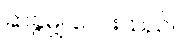
ဆခွဲမျှ လေးသည်။